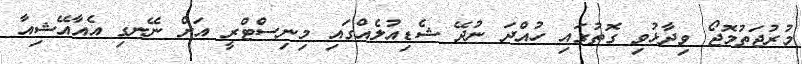
މުރުޖަތުމޮޖޯ ވިދާޅުވި ގޮތުގައި ހުއްދަ ނުދޭ ޝެޑިއުލެއްގައި މިނިސްޓްރީ އަށް ނޭނގި އެއާއޭޝިއާ